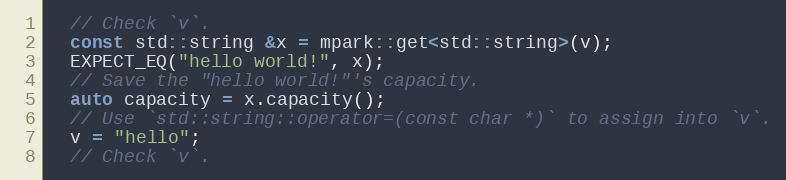
Language: C++
  // Check `v`.
  const std::string &x = mpark::get<std::string>(v);
  EXPECT_EQ("hello world!", x);
  // Save the "hello world!"'s capacity.
  auto capacity = x.capacity();
  // Use `std::string::operator=(const char *)` to assign into `v`.
  v = "hello";
  // Check `v`.